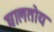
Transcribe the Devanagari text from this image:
घालतोय